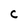
Character: C